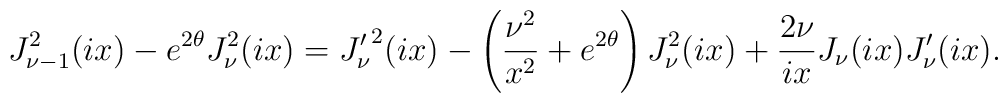
J_{\nu-1}^{2}(ix)-e^{2 \theta}J_{\nu}^{2}(ix)= {J_{\nu}'}^{2}(ix)-\left({\nu^{2}\over x^{2}}+e^{2\theta}\right)J_{\nu}^{2}(ix)+{2\nu \over ix}J_{\nu}(ix)J_{\nu}'(ix).